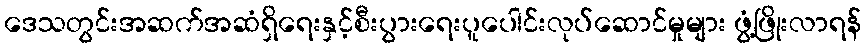
ဒေသတွင်းအဆက်အဆံရှိရေးနှင့်စီးပွားရေးပူပေါင်းလုပ်ဆောင်မှုများ ဖွံ့ဖြိုးလာရန်